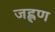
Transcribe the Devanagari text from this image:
जह्लण